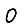
Digit: 0